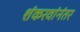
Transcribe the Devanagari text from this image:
शंकरवांनंतर